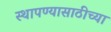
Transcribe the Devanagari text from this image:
स्थापण्यासाठीच्या